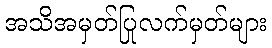
အသိအမှတ်ပြုလက်မှတ်များ